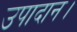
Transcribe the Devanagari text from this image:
उपादान।